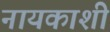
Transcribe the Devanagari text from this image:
नायकाशी